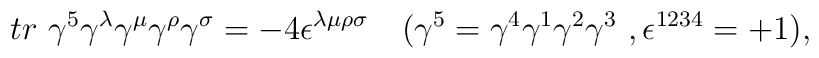
tr\ \gamma^5\gamma^\lambda\gamma^\mu\gamma^\rho\gamma^\sigma=-4\epsilon^{\lambda\mu\rho\sigma}\ \ \   (\gamma^5=\gamma^4\gamma^1\gamma^2\gamma^3\ ,\epsilon^{1234}=+1),